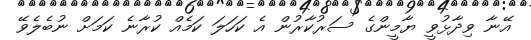
އޭނާ ވިދާޅުވީ ޔާމީންގެ ސަރުކާރުން އެ ކަހަލަ ކަމެއް ކުރާނެ ކަމަށް ނުބެލެވޭ